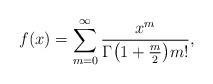
LaTeX: \begin{align*} f(x) = \sum_{m=0}^\infty \frac{x^m}{\Gamma \bigl(1 + \frac{m}{2}\bigr) m!}, \end{align*}